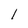
Character: 1